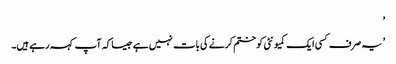
’
’یہ صرف کسی ایک کمیونٹی کو ختم کرنے کی بات نہیں ہے جیسا کہ آپ کہہ رہے ہیں۔